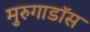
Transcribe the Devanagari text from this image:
मुरुगाडॉस